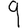
Digit: 9